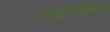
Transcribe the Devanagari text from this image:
गिरिगहवरों